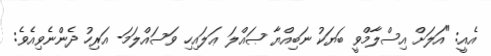
އެއީ: "އަލަށް އިސްލާމްވީ ބަޔަކު ނަބިއްޔާ ޞައްލަ ޢަލައިހި ވަސައްލަމަ- އަރިހު ދެންނެވިއެވެ: